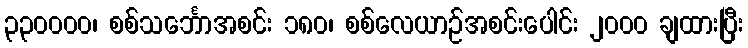
၃၃၀၀၀၀၊ စစ်သင်္ဘောအစင်း ၁၈၀၊ စစ်လေယာဉ်အစင်းပေါင်း ၂၀၀၀ ချထားပြီး